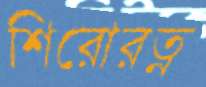
শিরোরত্ন